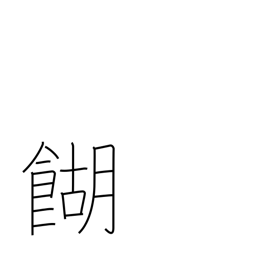
Meaning: rice broth